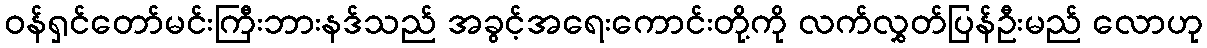
ဝန်ရှင်တော်မင်းကြီးဘားနဒ်သည် အခွင့်အရေးကောင်းတို့ကို လက်လွှတ်ပြန်ဦးမည် လောဟု